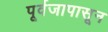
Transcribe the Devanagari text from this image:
पूर्वजापासून